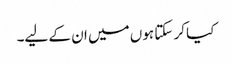
کیا کر سکتا ہوں میں ان کے لیے۔